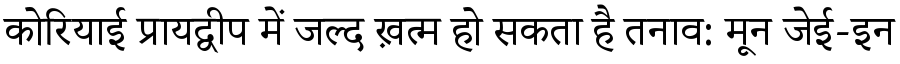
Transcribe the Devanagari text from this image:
कोरियाई प्रायद्वीप में जल्द ख़त्म हो सकता है तनाव: मून जेई-इन